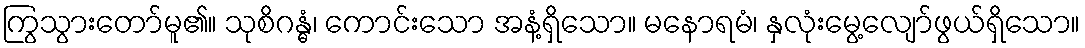
ကြွသွားတော်မူ၏။ သုစိဂန္ဓံ၊ ကောင်းသော အနံ့ရှိသော။ မနောရမံ၊ နှလုံးမွေ့လျော်ဖွယ်ရှိသော။